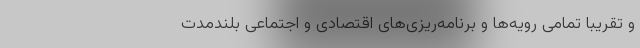
و تقریبا تمامی رویه‌ها و برنامه‌ریزی‌های اقتصادی و اجتماعی بلندمدت